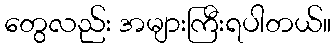
တွေလည်း အများကြီးရပါတယ်။